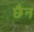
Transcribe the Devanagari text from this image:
छैन